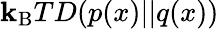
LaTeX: \mathbf{k}_{\mathrm{{B}}}TD(p(x)||q(x))